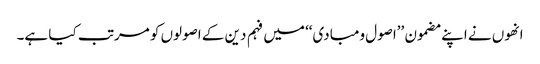
انھوں نے اپنے مضمون ’’اصول ومبادی‘‘ میں فہم دین کے اصولوں کو مرتب کیا ہے۔